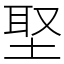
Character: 埾